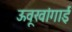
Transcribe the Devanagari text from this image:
ऊवूखांगाई